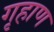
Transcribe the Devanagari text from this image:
गृहाण